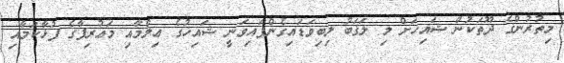
މިތުރުންގެ ދޫތަކުން ޝައިޚަށް މި ލަޤަބު ލިބިވަޑައިގެންފައިވަނީ ޝައިޚުގެ ޢިލްމާއި މަޢުރިފާގެ ފުޅާކަމާއި